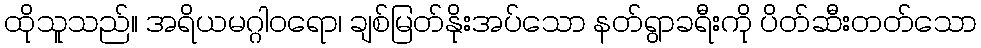
ထိုသူသည်။ အရိယမဂ္ဂါဝရော၊ ချစ်မြတ်နိုးအပ်သော နတ်ရွာခရီးကို ပိတ်ဆီးတတ်သော